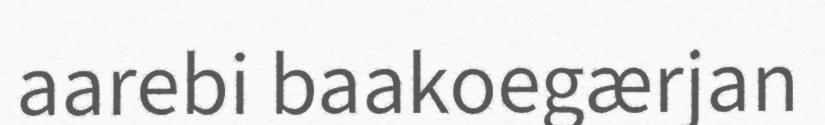
aarebi baakoegærjan